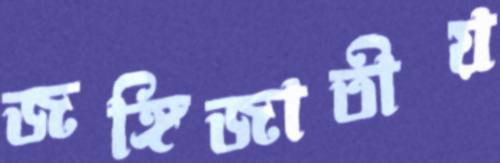
জঙ্গিজাতীয়